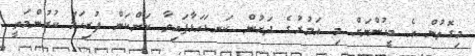
މިގޮތުން އެ މީހުންނަށް މި އަމުރުގެ ދަށުން ކަނޑައަޅާފައިވާ ކަންކަން ފުރިހަމަ ކުރުންމަތީ